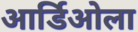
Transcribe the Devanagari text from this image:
आर्डिओला